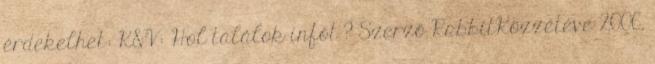
érdekelhet: K&V: Hol találok infót ? Szerző RabbitKözzétéve 2006.